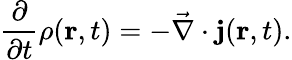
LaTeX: \frac{\partial}{\partial t}\rho(\mathbf{r},t)=-\vec{\nabla}\cdot\mathbf{j}(\mathbf{r},t).